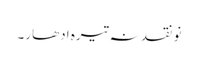
نو نقد نہ تیرہ ادھار۔